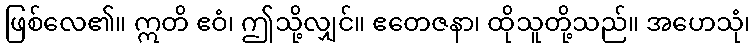
ဖြစ်လေ၏။ ဣတိ ဧဝံ၊ ဤသို့လျှင်။ ဧတေဇနာ၊ ထိုသူတို့သည်။ အဟေသုံ၊